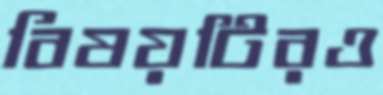
বিষয়টিরও